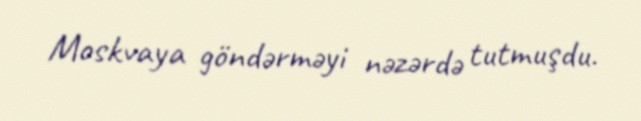
Moskvaya göndərməyi nəzərdə tutmuşdu.